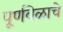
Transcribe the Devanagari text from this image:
पूर्णवेळाचे